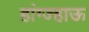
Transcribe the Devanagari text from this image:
हांग्ज्हाऊ